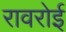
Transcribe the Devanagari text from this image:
रावरोई